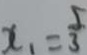
x _ { 1 } = \frac { 5 } { 3 }